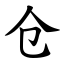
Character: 仓